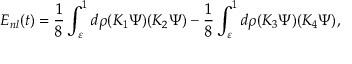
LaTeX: { \cal E } _ { n l } ( t ) = \frac { 1 } { 8 } \int _ { \varepsilon } ^ { 1 } d \rho ( K _ { 1 } \Psi ) ( K _ { 2 } \Psi ) - \frac { 1 } { 8 } \int _ { \varepsilon } ^ { 1 } d \rho ( K _ { 3 } \Psi ) ( K _ { 4 } \Psi ) ,